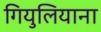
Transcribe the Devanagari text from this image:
गियुलियाना